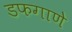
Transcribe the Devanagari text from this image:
डफगाणे